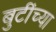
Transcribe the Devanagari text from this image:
बुटींच्या